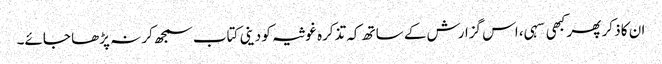
ان کا ذکر پھر کبھی سہی، اس گزارش کے ساتھ کہ تذکرہ غوثیہ کو دینی کتاب سمجھ کر نہ پڑھا جائے۔